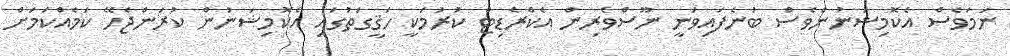
ނަމަވެސް އެކޮމިޝަނުންވެސް ބުނެފައިވަނީ ނޫސްވެރިން އެކްރެޑިޓް ކުރުމަކީ ހަޤީގަތުގައި އެކޮމިޝަނުން ކުރަންޖެހޭ ކަމެއްކަމަށް